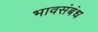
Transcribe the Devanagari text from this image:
भावसंबंध